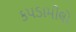
કપડામીલો